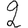
Digit: 2